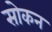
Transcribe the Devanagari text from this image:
सोकन